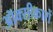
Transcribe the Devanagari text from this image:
ऑक्सीकारों